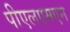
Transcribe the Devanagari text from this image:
पीएलएमएन